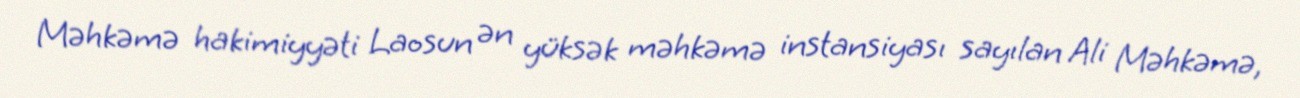
Məhkəmə hakimiyyəti Laosun ən yüksək məhkəmə instansiyası sayılan Ali Məhkəmə,